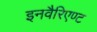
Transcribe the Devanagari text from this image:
इनवैरिएण्ट